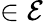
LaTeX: \in\mathcal{E}